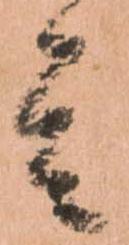
其